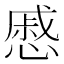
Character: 慼